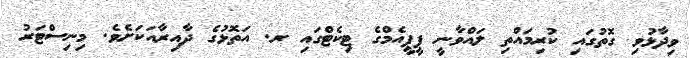
ވިދާޅުވި ގޮތުގައި ކުރިމައްތި ލައްވާނީ ޕީޕީއެމްގެ ޓިކެޓްގައި ރ. އަތޮޅުގެ ދާއިރާއަކަށެވެ. މިނިސްޓަރު